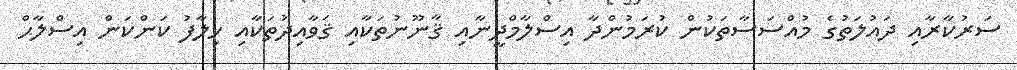
ސަރުކާރާއި ދައުލަތުގެ މުއްސަސާތަކުން ކުރަމުންދާ އިސްލާމްދީނާއި ޤާނޫނުތަކާއި ޤަވާއިދުތަކާއި ޚިލާފު ކަންކަން އިސްލާޙް